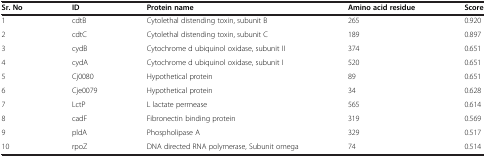
<table><thead><tr><td><b>Sr. No</b></td><td><b>ID</b></td><td><b>Protein name</b></td><td><b>Amino acid residue</b></td><td><b>Score</b></td></tr></thead><tbody><tr><td>1</td><td>cdtB</td><td>Cytolethal distending toxin, subunit B</td><td>265</td><td>0.920</td></tr><tr><td>2</td><td>cdtC</td><td>Cytolethal distending toxin, subunit C</td><td>189</td><td>0.897</td></tr><tr><td>3</td><td>cydB</td><td>Cytochrome d ubiquinol oxidase, subunit II</td><td>374</td><td>0.651</td></tr><tr><td>4</td><td>cydA</td><td>Cytochrome d ubiquinol oxidase, subunit I</td><td>520</td><td>0.651</td></tr><tr><td>5</td><td>Cj0080</td><td>Hypothetical protein</td><td>89</td><td>0.651</td></tr><tr><td>6</td><td>Cje0079</td><td>Hypothetical protein</td><td>34</td><td>0.628</td></tr><tr><td>7</td><td>LctP</td><td>L lactate permease</td><td>565</td><td>0.614</td></tr><tr><td>8</td><td>cadF</td><td>Fibronectin binding protein</td><td>319</td><td>0.569</td></tr><tr><td>9</td><td>pldA</td><td>Phospholipase A</td><td>329</td><td>0.517</td></tr><tr><td>10</td><td>rpoZ</td><td>DNA directed RNA polymerase, Subunit omega</td><td>74</td><td>0.514</td></tr></tbody></table>